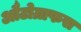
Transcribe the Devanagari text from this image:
औटोग्राफस